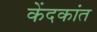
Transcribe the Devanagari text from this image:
केंदकांत